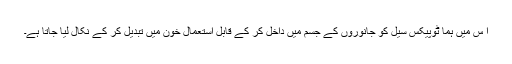
ا س میں ہما ٹوپیکس سیل کو جانوروں کے جسم میں داخل کر کے قابل استعمال خون میں تبدیل کر کے نکال لیا جاتا ہے۔